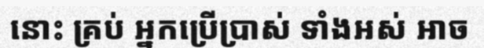
នោះ គ្រប់ អ្នកប្រើប្រាស់ ទាំងអស់ អាច